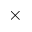
\times